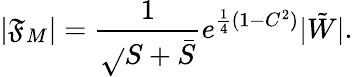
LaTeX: |\mathfrak{F}_{M}|=\frac{{1}}{{\sqrt{}{{S+\bar{{S}}}}}}e^{\frac{{1}}{{4}}(1-C^{2})}|\tilde{{W}}|.